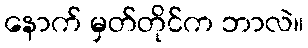
နောက် မှတ်တိုင်က ဘာလဲ။